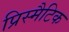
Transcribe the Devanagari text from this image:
प्रिस्मैटिक